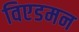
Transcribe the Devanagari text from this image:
विएडमन